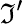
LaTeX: \mathfrak{I}^{\prime}